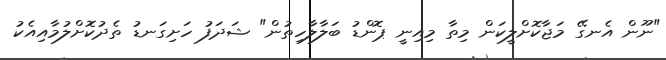
"ނޫން އެނގޭ މަޖާކޮށްލީކަން މިތާ މިއިނީ ޕޮންޑު ބަލާލާހިތުން" ޝަދަފު ހަށިގަނޑު ތެދުކޮށްލުމާއިއެކު